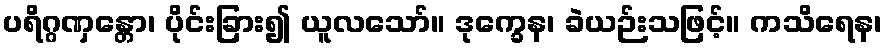
ပရိဂ္ဂဏှန္တော၊ ပိုင်းခြား၍ ယူလသော်။ ဒုက္ခေန၊ ခဲယဉ်းသဖြင့်။ ကသိရေန၊